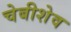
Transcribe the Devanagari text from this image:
चेबीशेव